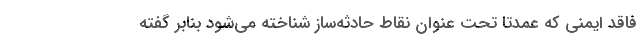
فاقد ایمنی که عمدتا تحت عنوان نقاط حادثه‌ساز شناخته می‌شود بنابر گفته